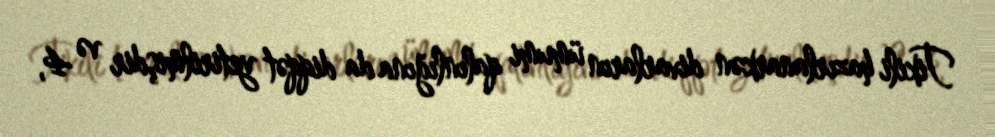
Tikili hazırlanarkən divarların ümumi qalınlığına da diqqət yetirilmişdir və 4,